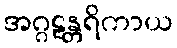
အဂ္ဂဠန္တရိကာယ